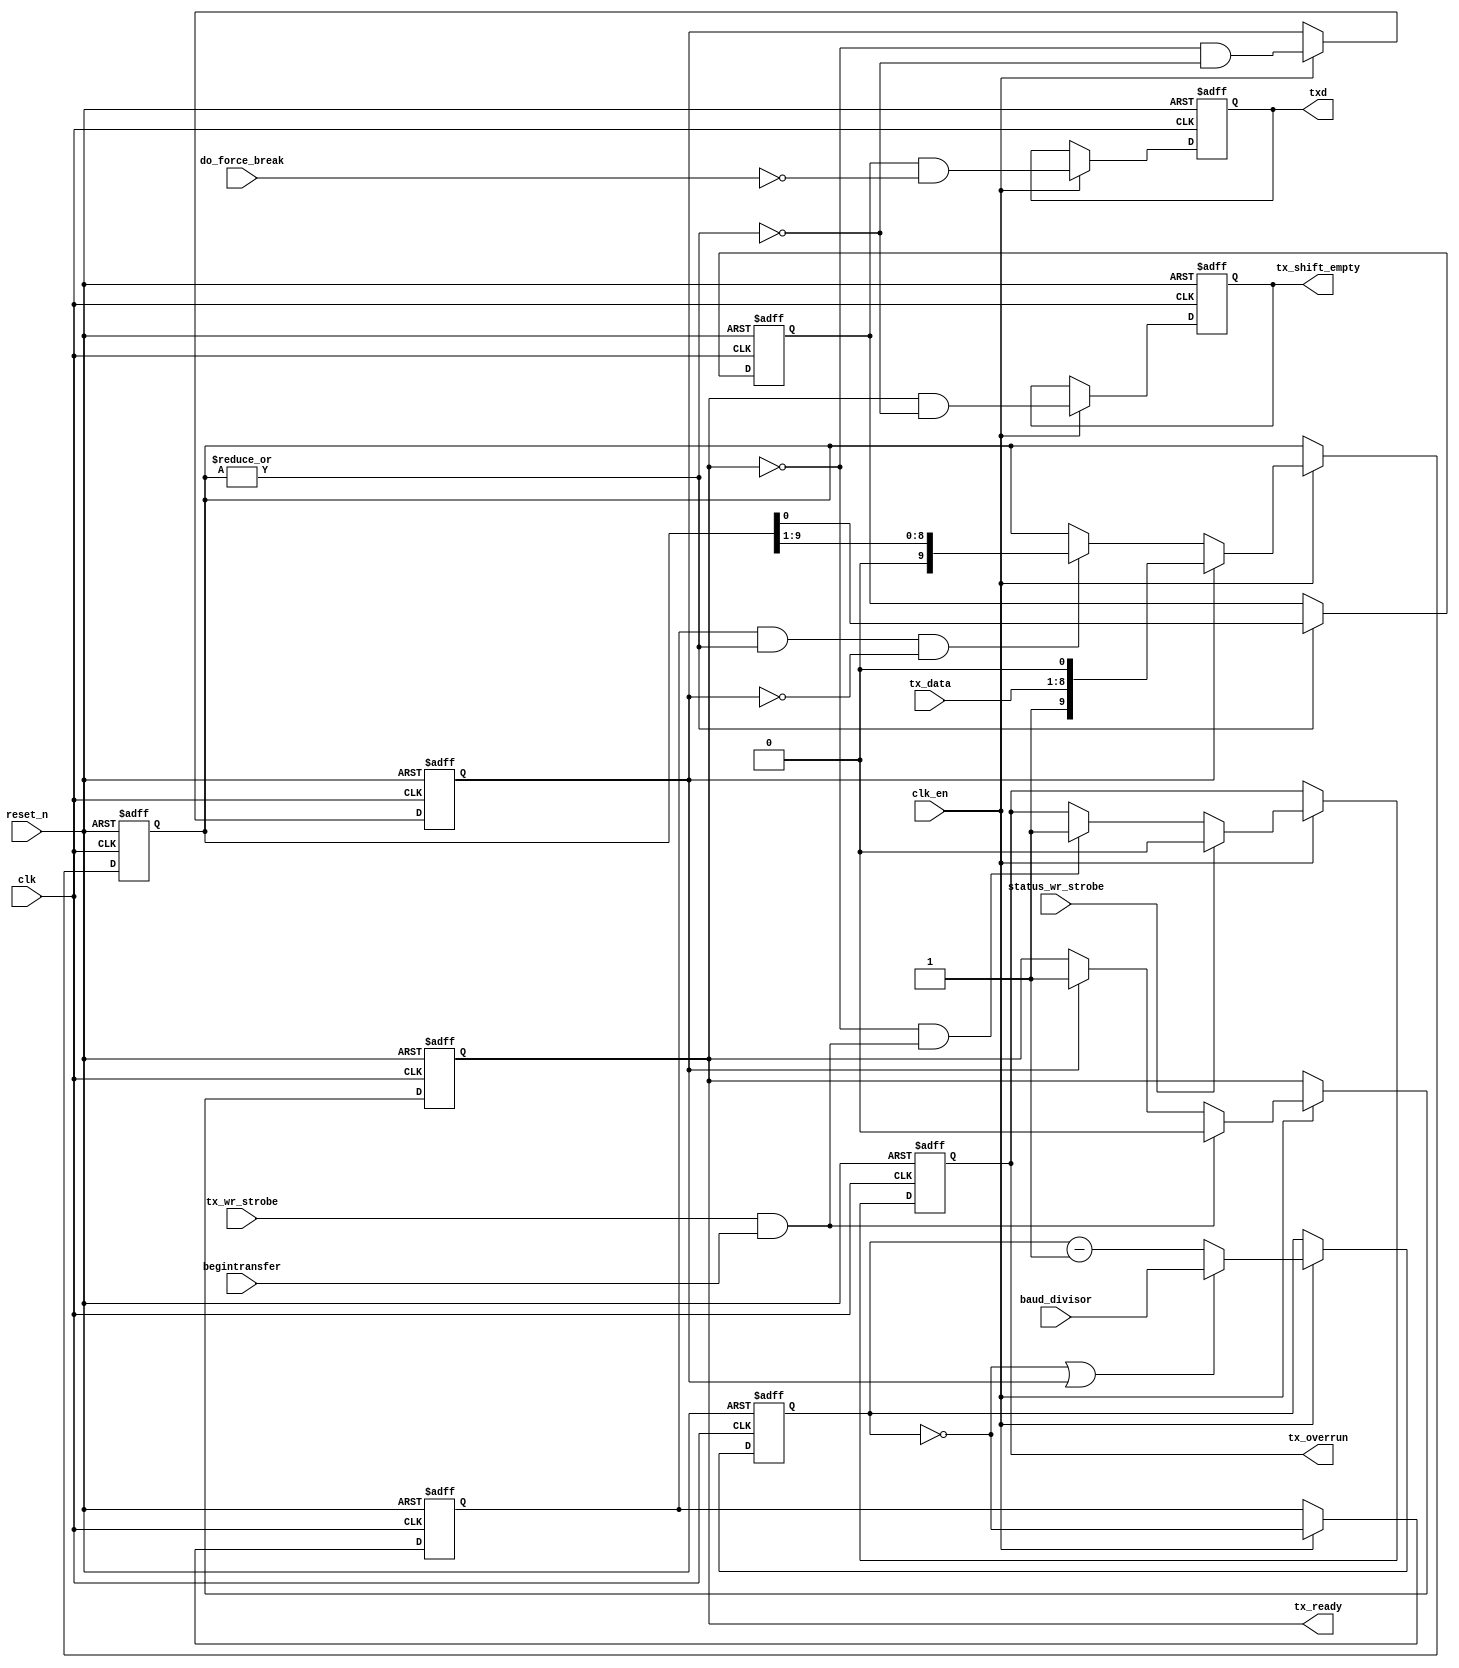
module wasca_uart_0_tx_1 (
                          baud_divisor,
                          begintransfer,
                          clk,
                          clk_en,
                          do_force_break,
                          reset_n,
                          status_wr_strobe,
                          tx_data,
                          tx_wr_strobe,
                          tx_overrun,
                          tx_ready,
                          tx_shift_empty,
                          txd
                       )
;
  output           tx_overrun;
  output           tx_ready;
  output           tx_shift_empty;
  output           txd;
  input   [ 15: 0] baud_divisor;
  input            begintransfer;
  input            clk;
  input            clk_en;
  input            do_force_break;
  input            reset_n;
  input            status_wr_strobe;
  input   [  7: 0] tx_data;
  input            tx_wr_strobe;
reg              baud_clk_en;
reg     [ 15: 0] baud_rate_counter;
wire             baud_rate_counter_is_zero;
reg              do_load_shifter;
wire             do_shift;
reg              pre_txd;
wire             shift_done;
wire    [  9: 0] tx_load_val;
reg              tx_overrun;
reg              tx_ready;
reg              tx_shift_empty;
wire             tx_shift_reg_out;
wire    [  9: 0] tx_shift_register_contents;
wire             tx_wr_strobe_onset;
reg              txd;
wire    [  9: 0] unxshiftxtx_shift_register_contentsxtx_shift_reg_outxx5_in;
reg     [  9: 0] unxshiftxtx_shift_register_contentsxtx_shift_reg_outxx5_out;
  assign tx_wr_strobe_onset = tx_wr_strobe && begintransfer;
  assign tx_load_val = {{1 {1'b1}},
    tx_data,
    1'b0};
  assign shift_done = ~(|tx_shift_register_contents);
  always @(posedge clk or negedge reset_n)
    begin
      if (reset_n == 0)
          do_load_shifter <= 0;
      else if (clk_en)
          do_load_shifter <= (~tx_ready) && shift_done;
    end
  always @(posedge clk or negedge reset_n)
    begin
      if (reset_n == 0)
          tx_ready <= 1'b1;
      else if (clk_en)
          if (tx_wr_strobe_onset)
              tx_ready <= 0;
          else if (do_load_shifter)
              tx_ready <= -1;
    end
  always @(posedge clk or negedge reset_n)
    begin
      if (reset_n == 0)
          tx_overrun <= 0;
      else if (clk_en)
          if (status_wr_strobe)
              tx_overrun <= 0;
          else if (~tx_ready && tx_wr_strobe_onset)
              tx_overrun <= -1;
    end
  always @(posedge clk or negedge reset_n)
    begin
      if (reset_n == 0)
          tx_shift_empty <= 1'b1;
      else if (clk_en)
          tx_shift_empty <= tx_ready && shift_done;
    end
  always @(posedge clk or negedge reset_n)
    begin
      if (reset_n == 0)
          baud_rate_counter <= 0;
      else if (clk_en)
          if (baud_rate_counter_is_zero || do_load_shifter)
              baud_rate_counter <= baud_divisor;
          else 
            baud_rate_counter <= baud_rate_counter - 1;
    end
  assign baud_rate_counter_is_zero = baud_rate_counter == 0;
  always @(posedge clk or negedge reset_n)
    begin
      if (reset_n == 0)
          baud_clk_en <= 0;
      else if (clk_en)
          baud_clk_en <= baud_rate_counter_is_zero;
    end
  assign do_shift = baud_clk_en  && 
    (~shift_done) && 
    (~do_load_shifter);
  always @(posedge clk or negedge reset_n)
    begin
      if (reset_n == 0)
          pre_txd <= 1;
      else if (~shift_done)
          pre_txd <= tx_shift_reg_out;
    end
  always @(posedge clk or negedge reset_n)
    begin
      if (reset_n == 0)
          txd <= 1;
      else if (clk_en)
          txd <= pre_txd & ~do_force_break;
    end
  always @(posedge clk or negedge reset_n)
    begin
      if (reset_n == 0)
          unxshiftxtx_shift_register_contentsxtx_shift_reg_outxx5_out <= 0;
      else if (clk_en)
          unxshiftxtx_shift_register_contentsxtx_shift_reg_outxx5_out <= unxshiftxtx_shift_register_contentsxtx_shift_reg_outxx5_in;
    end
  assign unxshiftxtx_shift_register_contentsxtx_shift_reg_outxx5_in = (do_load_shifter)? tx_load_val :
    (do_shift)? {1'b0,
    unxshiftxtx_shift_register_contentsxtx_shift_reg_outxx5_out[9 : 1]} :
    unxshiftxtx_shift_register_contentsxtx_shift_reg_outxx5_out;
  assign tx_shift_register_contents = unxshiftxtx_shift_register_contentsxtx_shift_reg_outxx5_out;
  assign tx_shift_reg_out = unxshiftxtx_shift_register_contentsxtx_shift_reg_outxx5_out[0];
endmodule